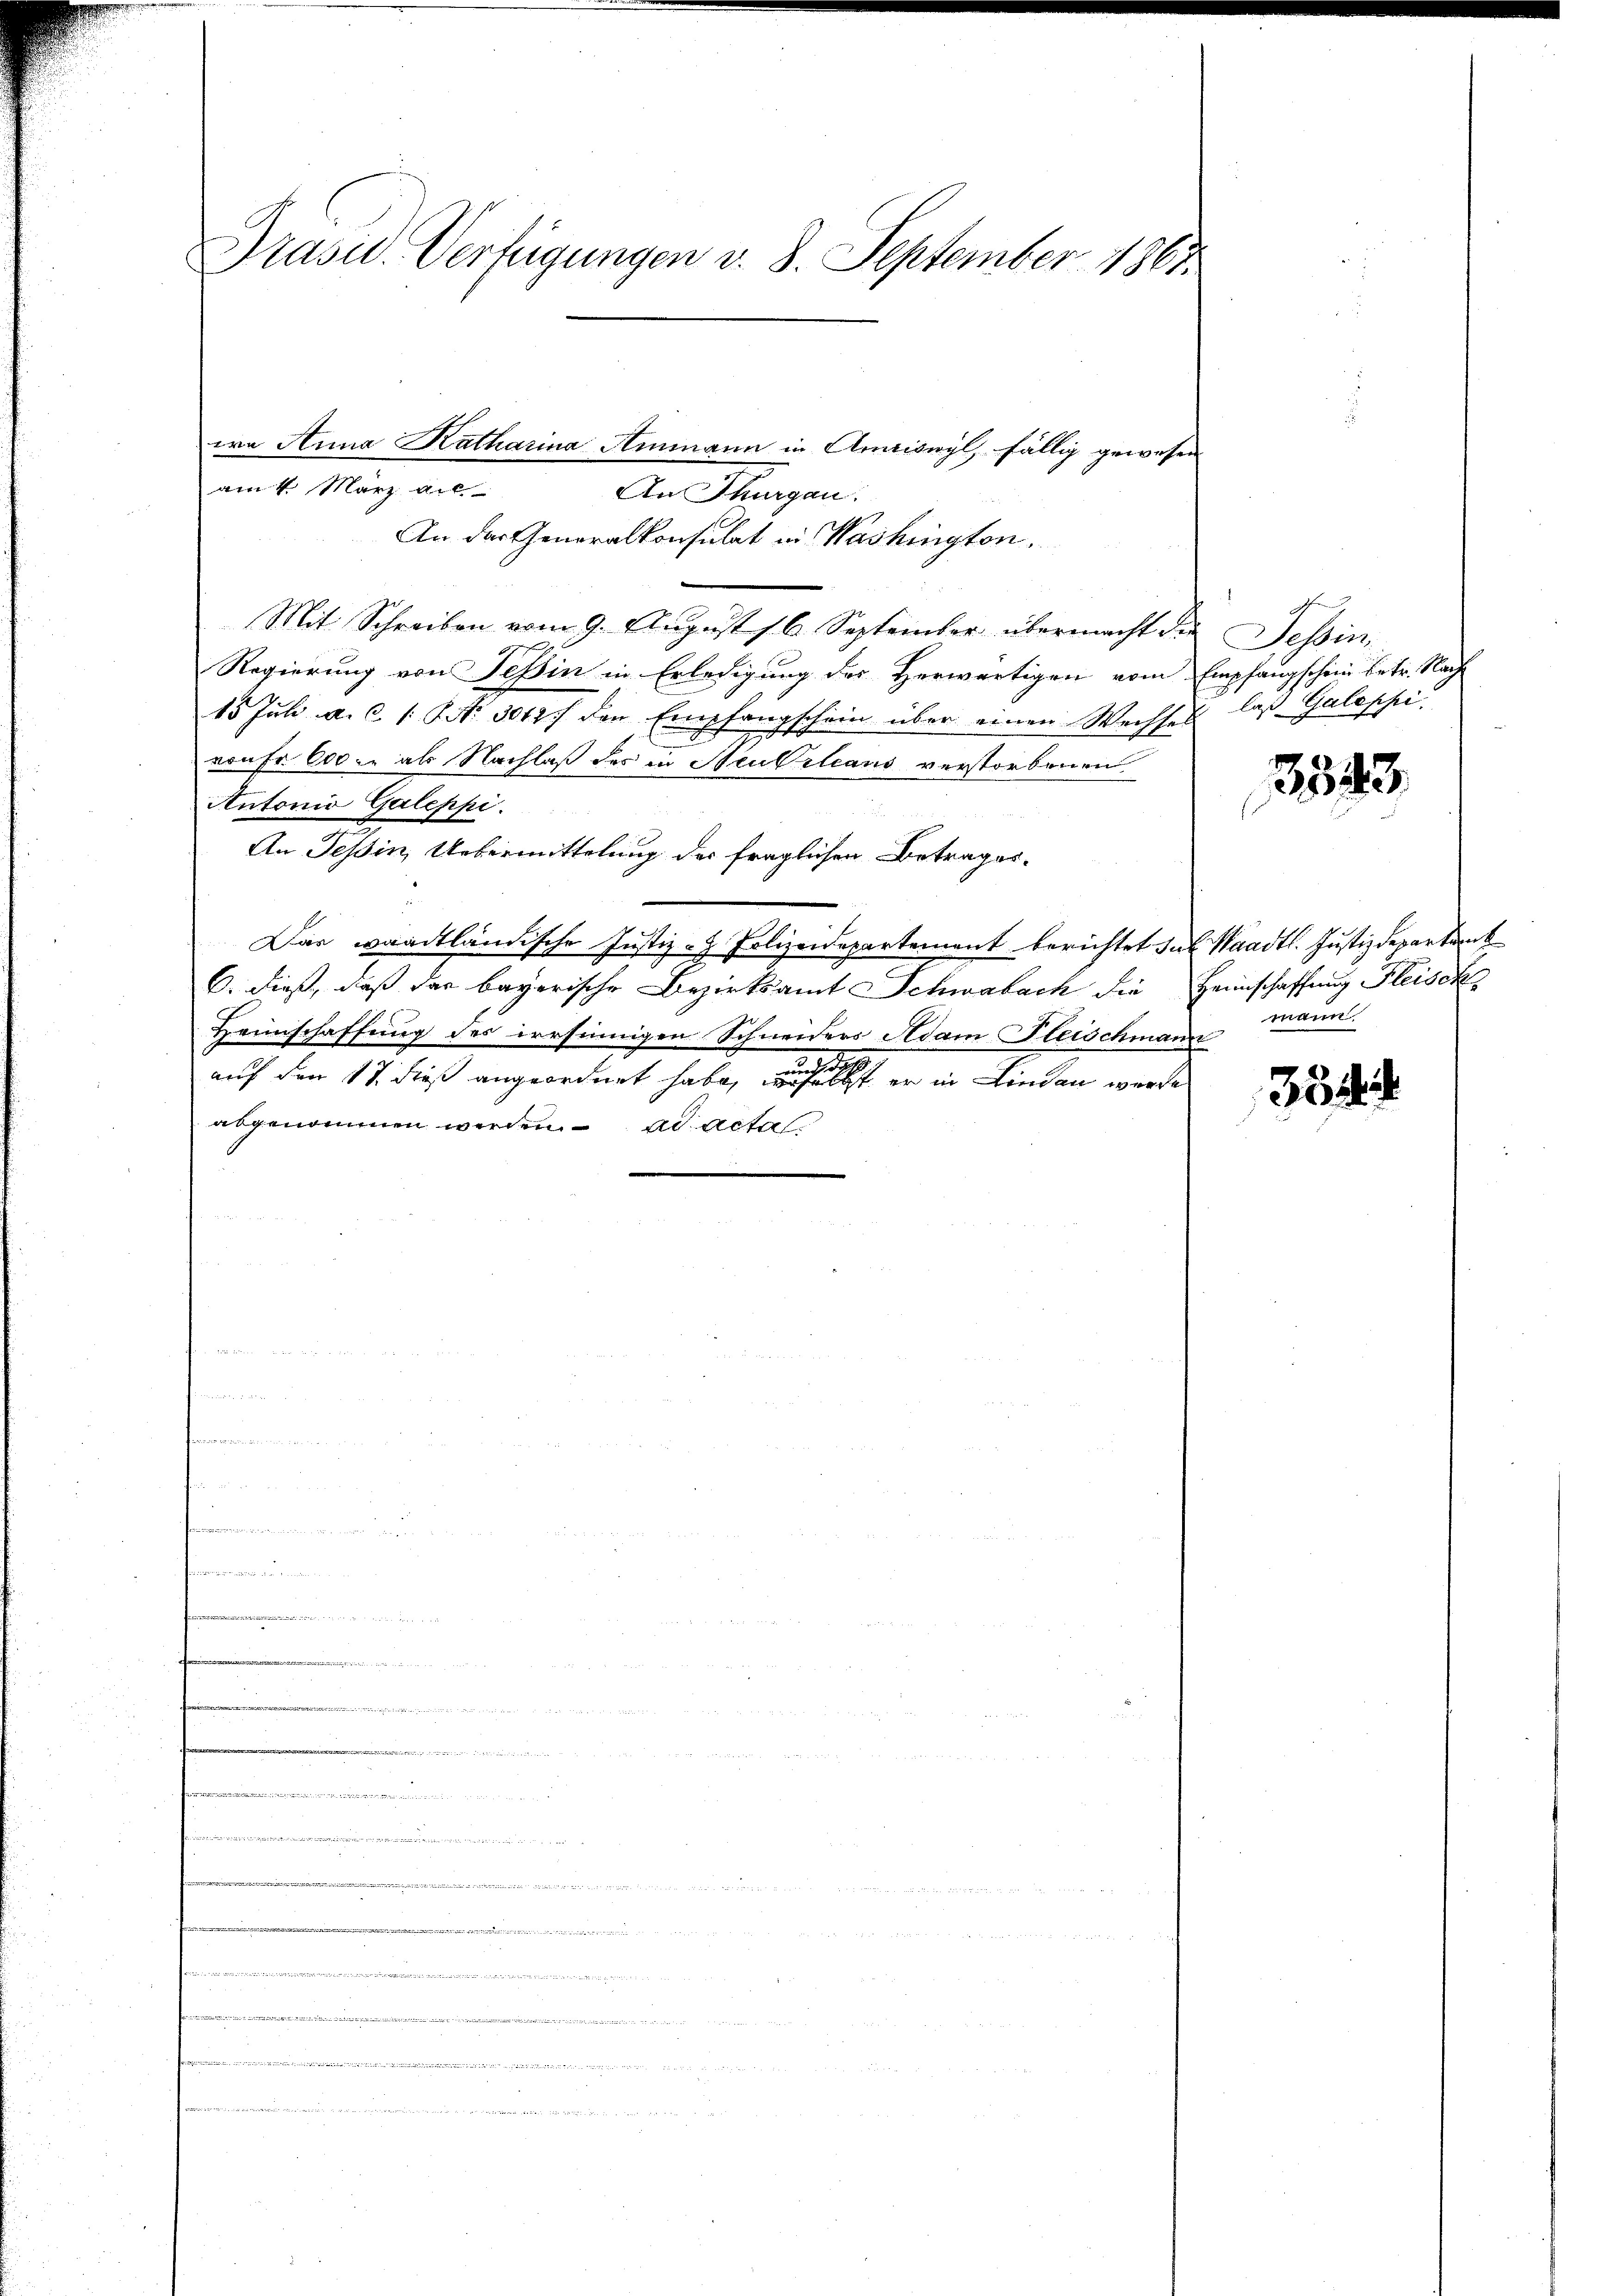
Präsid.. Verfügungen v. 8. September 1863.

era Anna Katharina Ammann in Amriswyl, fällig gewesen
An Thurgau.
An der Generalkonsulat in Washington,
Mit Schreiben vom 9. Aŭgŭst 16. September übermacht die Tessin,
Regierung von Tessin in Erledigung des Herwärtigen vom Empfangschein betr. Nach
15 Juli a. c. 1. No 30127 den Empfangschein über einen Wechsel las Galoppi
rufe 600 als Nachlaß des in Neubilians verstorbenen
Antonio Galeppi
An Tessin, Uebermittelung der fraglichen Betrages-
Das waadtländische Justiz- & Polizeidepartement berichtet das Waadt. Justizdepartemb
C. dieß, daß das bayerische Bezirksamt Schwabach die Heimschaffung Fleisch
Heimschaffung des irrsinnigen Schneiders Adam Fleischmann
auf den 17. dieß angeordnet habe, wenn er in Finden werde
abgenommen werden. ad acta

am 4. März a.c

.
                             Benehmer 1.
        wenn
3fr. 1712231545, 213
g
Die
e

3543.

mann.

354